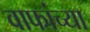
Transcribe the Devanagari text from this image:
वाफांच्या